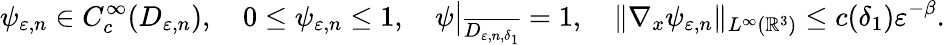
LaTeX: \psi_{\varepsilon,n}\in C_{c}^{\infty}(D_{\varepsilon,n}),\quad 0\leq\psi_{\varepsilon,n}\leq 1,\quad\psi\big|_{\overline{{D_{\varepsilon,n,\delta_{1}}}}}=1,\quad\| \nabla_{x}\psi_{\varepsilon,n}\| _{L^{\infty}(\mathbb{R}^{3})}\leq c(\delta_{1})\varepsilon^{-\beta}.